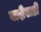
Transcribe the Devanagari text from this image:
यादीसाठी